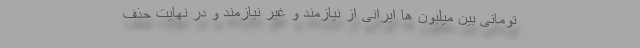
تومانی بین میلیون ها ایرانی از نیازمند و غیر نیازمند و در نهایت حذف